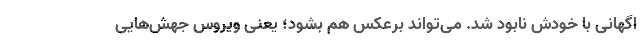
اگهانی با خودش نابود شد. می‌تواند برعکس هم بشود؛ یعنی ویروس جهش‌هایی